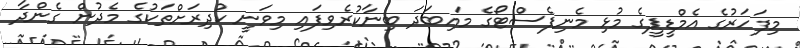
މިފަހަރުގެ އެމްޑީޕީގެ މުޅި މެނިފެސްޓޯގެ މައިބަދަ ބިނާކުރެވިފައި މިވަނީ ކުދިރަށްތަކުގެ މެދުން ގެންދާ